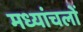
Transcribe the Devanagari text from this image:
मध्यांचलों